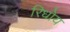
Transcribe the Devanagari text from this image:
रिधोय